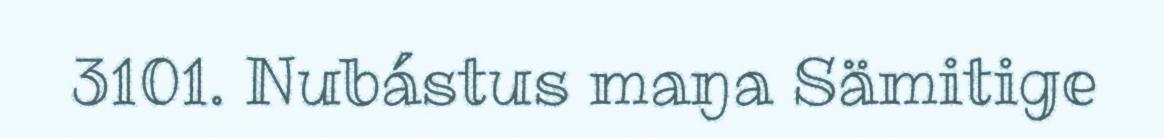
3101. Nubástus maŋa Sämitige